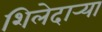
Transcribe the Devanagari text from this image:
शिलेदार्‍या